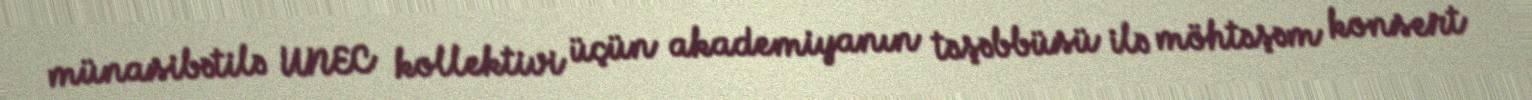
münasibətilə UNEC kollektivi üçün akademiyanın təşəbbüsü ilə möhtəşəm konsert